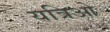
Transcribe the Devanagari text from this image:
यत्रिओ